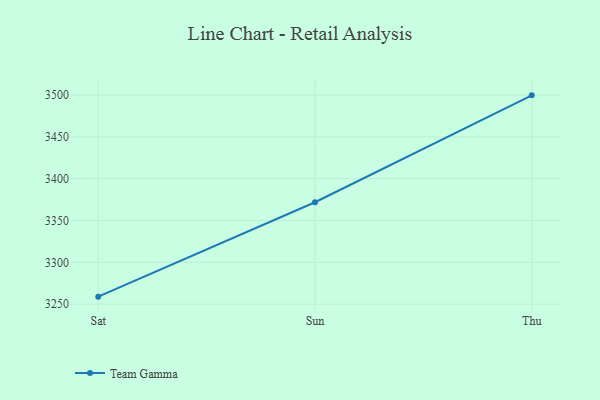
{"axis": {"x": "Day", "y": "Gross Profit (USD K)"}, "legend": ["Team Gamma"], "data": [{"x": "Sat", "y": 3259.0, "type": "Team Gamma"}, {"x": "Sun", "y": 3371.8, "type": "Team Gamma"}, {"x": "Thu", "y": 3499.6, "type": "Team Gamma"}]}